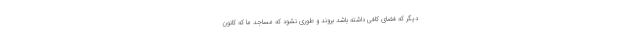
دیگر که فضای کافی داشته باشد بروند و طوری نشود که مساجد ما که کانون